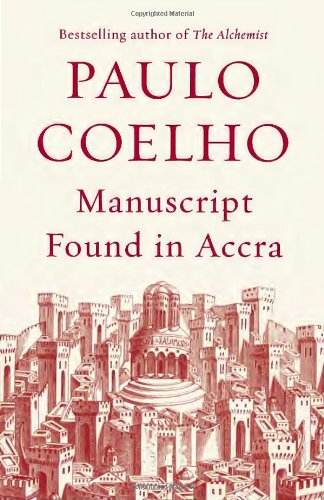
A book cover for Manuscript Found in Accra; Paulo Coelho; Literature & Fiction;